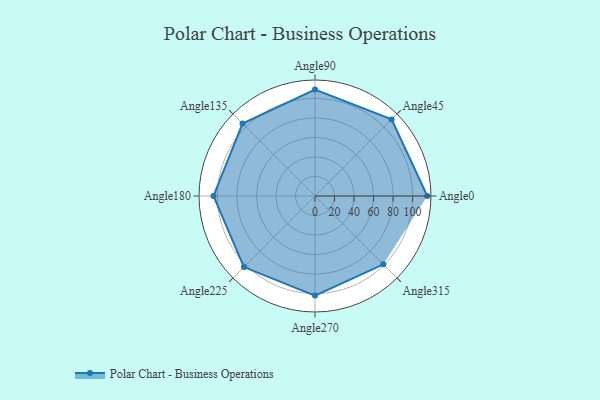
{"axis": {"x": "Angle", "y": "Radius"}, "legend": [""], "data": [{"x": "Angle0", "y": 115.0, "type": ""}, {"x": "Angle45", "y": 111.0, "type": ""}, {"x": "Angle90", "y": 109.0, "type": ""}, {"x": "Angle135", "y": 105.0, "type": ""}, {"x": "Angle180", "y": 104.0, "type": ""}, {"x": "Angle225", "y": 103.0, "type": ""}, {"x": "Angle270", "y": 102.0, "type": ""}, {"x": "Angle315", "y": 99.0, "type": ""}]}